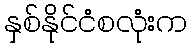
နှစ်နိုင်ငံစလုံးက